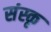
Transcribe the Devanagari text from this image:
संस्कृ